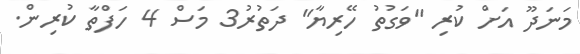
މަނަދޫ އަށް ކުރި "ވަގުތު ހޭރިޔާ" ދަތުރު3 މަސް 4 ހަފްތާ ކުރިން.